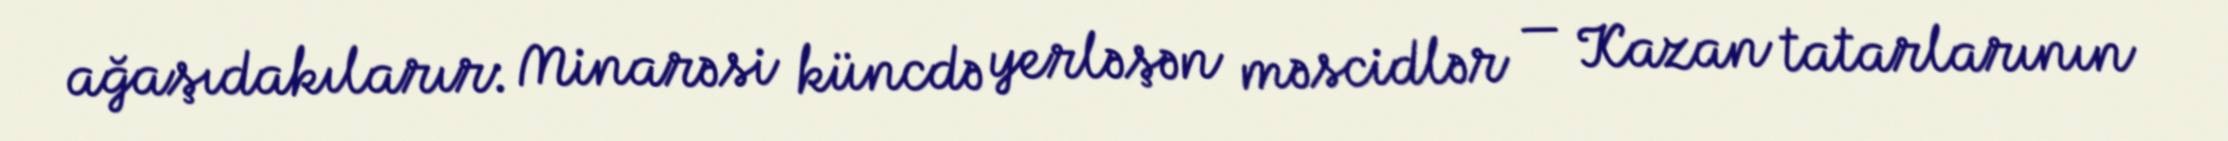
ağaşıdakılarır: Minarəsi küncdə yerləşən məscidlər — Kazan tatarlarının